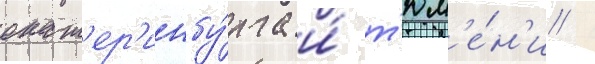
екат'ер'инбу́рга и́ т'юм'е́н'и /